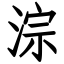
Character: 淙